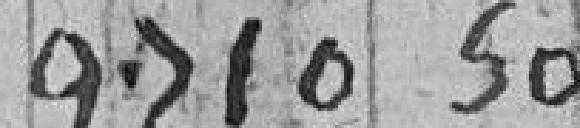
9710.50